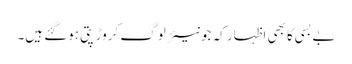
بے بسی کا بھی اظہار کہ جونیئر لوگ کروڑ پتی ہوگئے ہیں۔